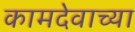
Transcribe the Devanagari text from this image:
कामदेवाच्या